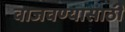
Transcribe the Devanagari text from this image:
वाजवण्यासाठी